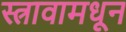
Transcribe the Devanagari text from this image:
स्त्रावामधून